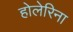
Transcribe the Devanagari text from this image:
होलेरिना